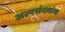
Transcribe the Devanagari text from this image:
अल्पसंख्यांना